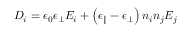
D _ { i } = \epsilon _ { 0 } \epsilon _ { \bot } E _ { i } + \left( \epsilon _ { \parallel } - \epsilon _ { \bot } \right) n _ { i } n _ { j } E _ { j }